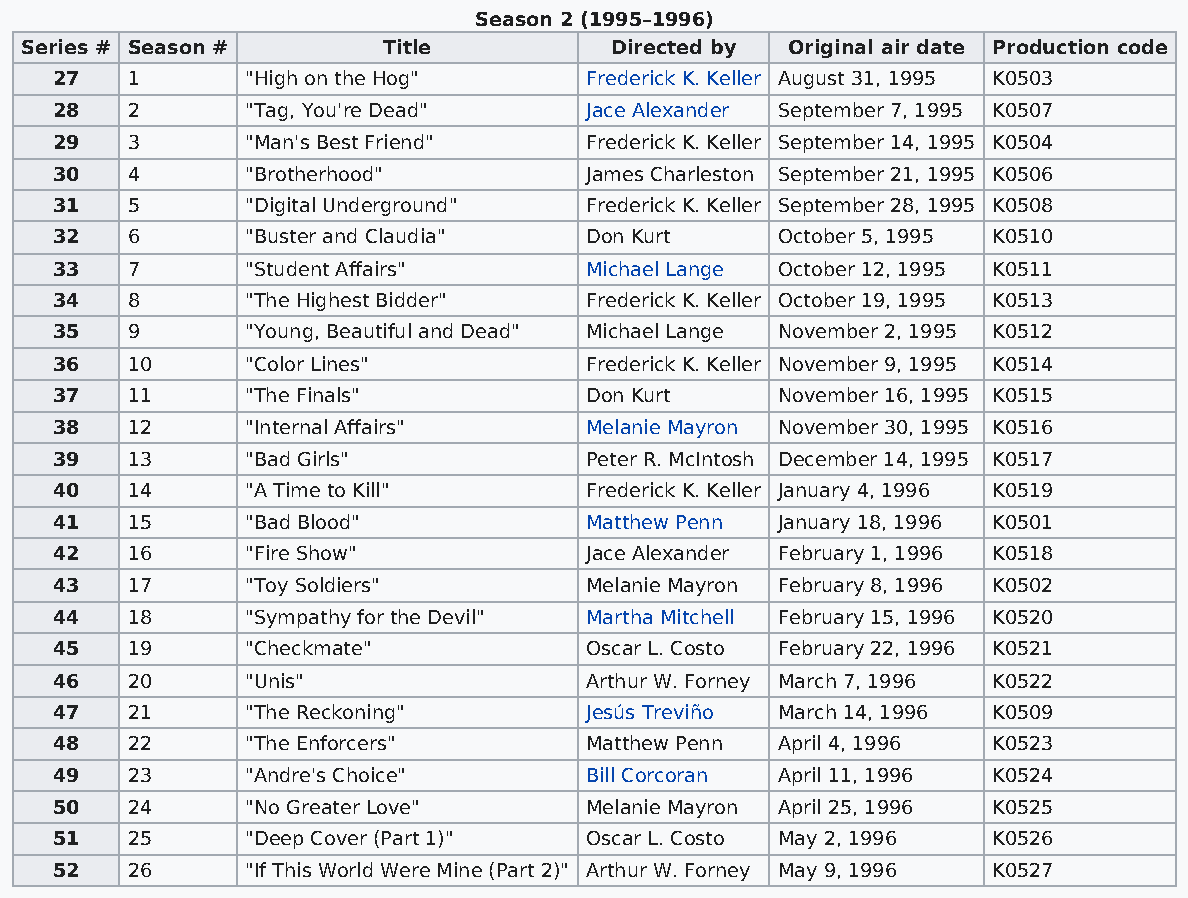
Season 2 (1995–1996)
 Series # Season #       Title          Directed by Original air date Production code
 27   1       "High on the Hog"      Frederick K. Keller August 31, 1995 K0503
 28   2       "Tag, You're Dead"     Jace Alexander September 7, 1995 K0507
 29   3       "Man's Best Friend"    Frederick K. Keller September 14, 1995 K0504
 30   4       "Brotherhood"          James Charleston September 21, 1995 K0506
 31   5       "Digital Underground"  Frederick K. Keller September 28, 1995 K0508
 32   6       "Buster and Claudia"   Don Kurt    October 5, 1995 K0510
 33   7       "Student Affairs"      Michael Lange October 12, 1995 K0511
 34   8       "The Highest Bidder"   Frederick K. Keller October 19, 1995 K0513
 35   9       "Young, Beautiful and Dead" Michael Lange November 2, 1995 K0512
 36   10      "Color Lines"          Frederick K. Keller November 9, 1995 K0514
 37   11      "The Finals"           Don Kurt    November 16, 1995 K0515
 38   12      "Internal Affairs"     Melanie Mayron November 30, 1995 K0516
 39   13      "Bad Girls"            Peter R. McIntosh December 14, 1995 K0517
 40   14      "A Time to Kill"       Frederick K. Keller January 4, 1996 K0519
 41   15      "Bad Blood"            Matthew Penn January 18, 1996 K0501
 42   16      "Fire Show"            Jace Alexander February 1, 1996 K0518
 43   17      "Toy Soldiers"         Melanie Mayron February 8, 1996 K0502
 44   18      "Sympathy for the Devil" Martha Mitchell February 15, 1996 K0520
 45   19      "Checkmate"            Oscar L. Costo February 22, 1996 K0521
 46   20      "Unis"                 Arthur W. Forney March 7, 1996 K0522
 47   21      "The Reckoning"        Jesús Treviño March 14, 1996 K0509
 48   22      "The Enforcers"        Matthew Penn April 4, 1996 K0523
 49   23      "Andre's Choice"       Bill Corcoran April 11, 1996 K0524
 50   24      "No Greater Love"      Melanie Mayron April 25, 1996 K0525
 51   25      "Deep Cover (Part 1)"  Oscar L. Costo May 2, 1996 K0526
 52   26      "If This World Were Mine (Part 2)" Arthur W. Forney May 9, 1996 K0527